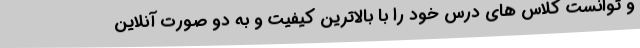
و توانست کلاس های درس خود را با بالاترین کیفیت و به دو صورت آنلاین